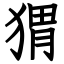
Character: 猬